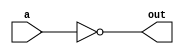
`timescale 1ns/1ps

//=============================

module myNot (out, a);
	
	input a;
	output out;

	nand g0(out, a, a);

endmodule

module myPass (out, a);
	
	input a;
	output out;

	wire w;
	myNot g0(out, w);
	myNot g1(w, a);

endmodule

// MY AND =============================================

module myAnd (out, a, b);
	
	input a, b;
	output out;

	nand g0(w1, a, b);
	myNot g1(out, w1);

endmodule

module myAnd2 (out, a, b);
	
	input a, b;
	output out;

	myAnd g0(out, a, b);

endmodule

module myAnd3 (out, a, b, c);
	
	input a, b, c;
	output out;

	wire w;
	myAnd2 g0(w, a, b);
	myAnd g1(out, w, c);

endmodule

module myAnd4 (out, a, b, c, d);
	
	input a, b, c, d;
	output out;

	wire w;
	myAnd3 g0(w, a, b, c);
	myAnd g1(out, w, d);

endmodule

module myAnd5 (out, a, b, c, d, e);
	
	input a, b, c, d, e;
	output out;

	wire w;
	myAnd4 g0(w, a, b, c, d);
	myAnd g1(out, w, e);

endmodule

// MY AND =============================================

// MY OR =============================================

module myOr (out, a, b);

	input a, b;
	output out;

	wire na, nb;
	myNot g0(na, a);
	myNot g1(nb, b);
	nand g2(out, na, nb);

endmodule

module myOr2 (out, a, b);

	input a, b;
	output out;

	myOr g0(out, a, b);

endmodule

module myOr3 (out, a, b, c);

	input a, b, c;
	output out;

	wire w;
	myOr2 g0(w, a, b);
	myOr g1(out, w, c); 

endmodule

module myOr4 (out, a, b, c, d);

	input a, b, c, d;
	output out;

	wire w;
	myOr3 g0(w, a, b, c);
	myOr g1(out, w, d); 

endmodule

module myOr5 (out, a, b, c, d, e);

	input a, b, c, d, e;
	output out;

	wire w;
	myOr4 g0(w, a, b, c, d);
	myOr g1(out, w, e); 

endmodule

// MY OR =============================================

// MY XOR =============================================

module myXor (out, a, b);
	
	input a, b;
	output out;

	wire na, nb, r1, r2;
	myNot g0(na, a);
	myNot g1(nb, b);
	myAnd g2(r1, na, b);
	myAnd g3(r2, a, nb);
	myOr g4(out, r1, r2);

endmodule

module myXor2 (out, a, b);

	input a, b;
	output out;

	myXor g0(out, a, b);

endmodule

module myXor3 (out, a, b, c);
	
	input a, b, c;
	output out;

	wire w;
	myXor2 g0(w, a, b);
	myXor g1(out, w, c);

endmodule

// MY XOR =============================================

// TODO end my gate
//=============================

module HA (out, cout, a, b);

	input a, b;
	output out, cout;

	myAnd g0(cout, a, b);
	myXor g1(out, a, b);

endmodule

module FA (out, g, p, a, b, cin);

	input a, b, cin;
	output out, g, p;

	wire w;
	myXor g0(w, b, cin);
	myXor g1(out, a, w);

	myAnd g2(g, a, b);
	myXor g3(p, a, b);

endmodule

module sub (g, p, a, b);
	
	input a, b;
	output g, p;

	myAnd g0(g, a, b);
	myXor g1(p, a, b);

endmodule

module CLA_4bit(p, g, s, c0, a, b); // TODO Is this correct ???

	input c0;
	input [4-1:0] a, b;
	output [4-1:0] s, p, g;

	sub s0(g[0], p[0], a[0], b[0]);
	sub s1(g[1], p[1], a[1], b[1]);
	sub s2(g[2], p[2], a[2], b[2]);
	sub s3(g[3], p[3], a[3], b[3]);
	
	wire ex00, ex01, ex001, ex12, ex012, ex0012;
	wire c1, c2, c3;
	// c1
	myAnd2 g0(ex00, c0, p[0]);
	myOr2 g1(c1, g[0], ex00);
	// c2
	myAnd2 g2(ex01, g[0], p[1]);
	myAnd3 g3(ex001, p[0], p[1], c0);
	myOr3 g4(c2, g[1], ex01, ex001);
	// c3
	myAnd2 g5(ex12, g[1], p[2]);
	myAnd3 g6(ex012, g[0], p[1], p[2]);
	myAnd4 g7(ex0012, c0, p[0], p[1], p[2]);
	myOr4 g8(c3, g[2], ex12, ex012, ex0012);
	// start calculating sum
	myXor3 x0(s[0], a[0], b[0], c0);
	myXor3 x1(s[1], a[1], b[1], c1);
	myXor3 x2(s[2], a[2], b[2], c2);
	myXor3 x3(s[3], a[3], b[3], c3);

endmodule

module cla_2_gen(c4, p, g, c0);

	input [4-1:0] p, g;
	input c0;
	output c4;
	
	wire ex23, ex123, ex0123, ex00123;
	myAnd2 g0(ex23, g[2], p[3]);
	myAnd3 g1(ex123, g[1], p[2], p[3]);
	myAnd4 g2(ex0123, g[0], p[1], p[2], p[3]);
	myAnd5 g3(ex00123, c0, p[0], p[1], p[2], p[3]);
	myOr5 g4(c4, g[3], ex23, ex123, ex0123, ex00123);
	
endmodule

//=============================


module Carry_Look_Ahead_Adder_8bit(a, b, c0, s, c8);
    input [8-1:0] a, b;
    input c0;

    output [8-1:0] s;
    output c8;

    wire [8-1:0] p, g;
    CLA_4bit cla0(p[4-1:0], g[4-1:0], s[4-1:0], c0, a[4-1:0], b[4-1:0]);
    //calculate c4
    wire c4;
    cla_2_gen gen0(c4, p[4-1:0], g[4-1:0], c0);
    
	CLA_4bit cla1(p[8-1:4], g[8-1:4], s[8-1:4], c4, a[8-1:4], b[8-1:4]);
    //calculate c8
    cla_2_gen gen1(c8, p[8-1:4], g[8-1:4], c4);

endmodule